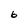
Character: 6